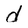
Character: d